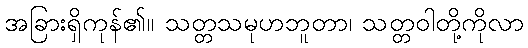
အခြားရှိကုန်၏။ သတ္တသမုဟဘူတာ၊ သတ္တဝါတို့ကိုလာ